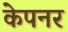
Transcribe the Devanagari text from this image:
केपनर